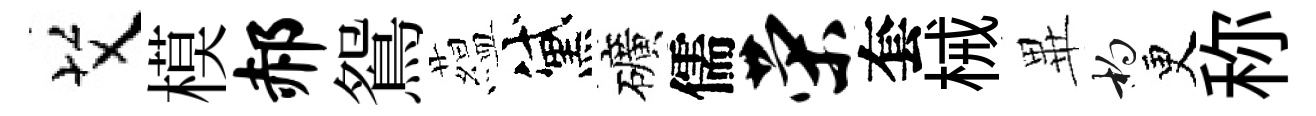
艾模郝鴛藴黛礦儒荣套械𭺾杓更称